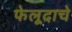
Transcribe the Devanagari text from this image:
फेलूदाचे